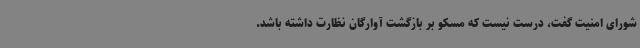
شورای امنیت گفت، درست نیست که مسکو بر بازگشت آوارگان نظارت داشته باشد.